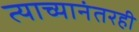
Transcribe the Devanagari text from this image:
त्याच्यानंतरही